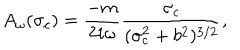
A _ { \omega } ( \sigma _ { c } ) = \frac { - m } { 2 i \omega } \frac { \sigma _ { c } } { ( \sigma _ { c } ^ { 2 } + b ^ { 2 } ) ^ { 3 / 2 } } ,